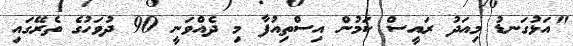
"އަޅުގަނޑު މިއަދު ރައީސް ކަމުން އިސްތިއުފާ މި ދެއްވަނީ 90 ދުވަހުގެ ތެރޭގައި